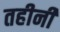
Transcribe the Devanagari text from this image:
तहीनी